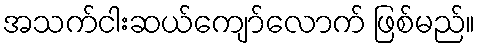
အသက်ငါးဆယ်ကျော်လောက် ဖြစ်မည်။